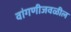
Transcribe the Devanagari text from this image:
वांगणीजवळील